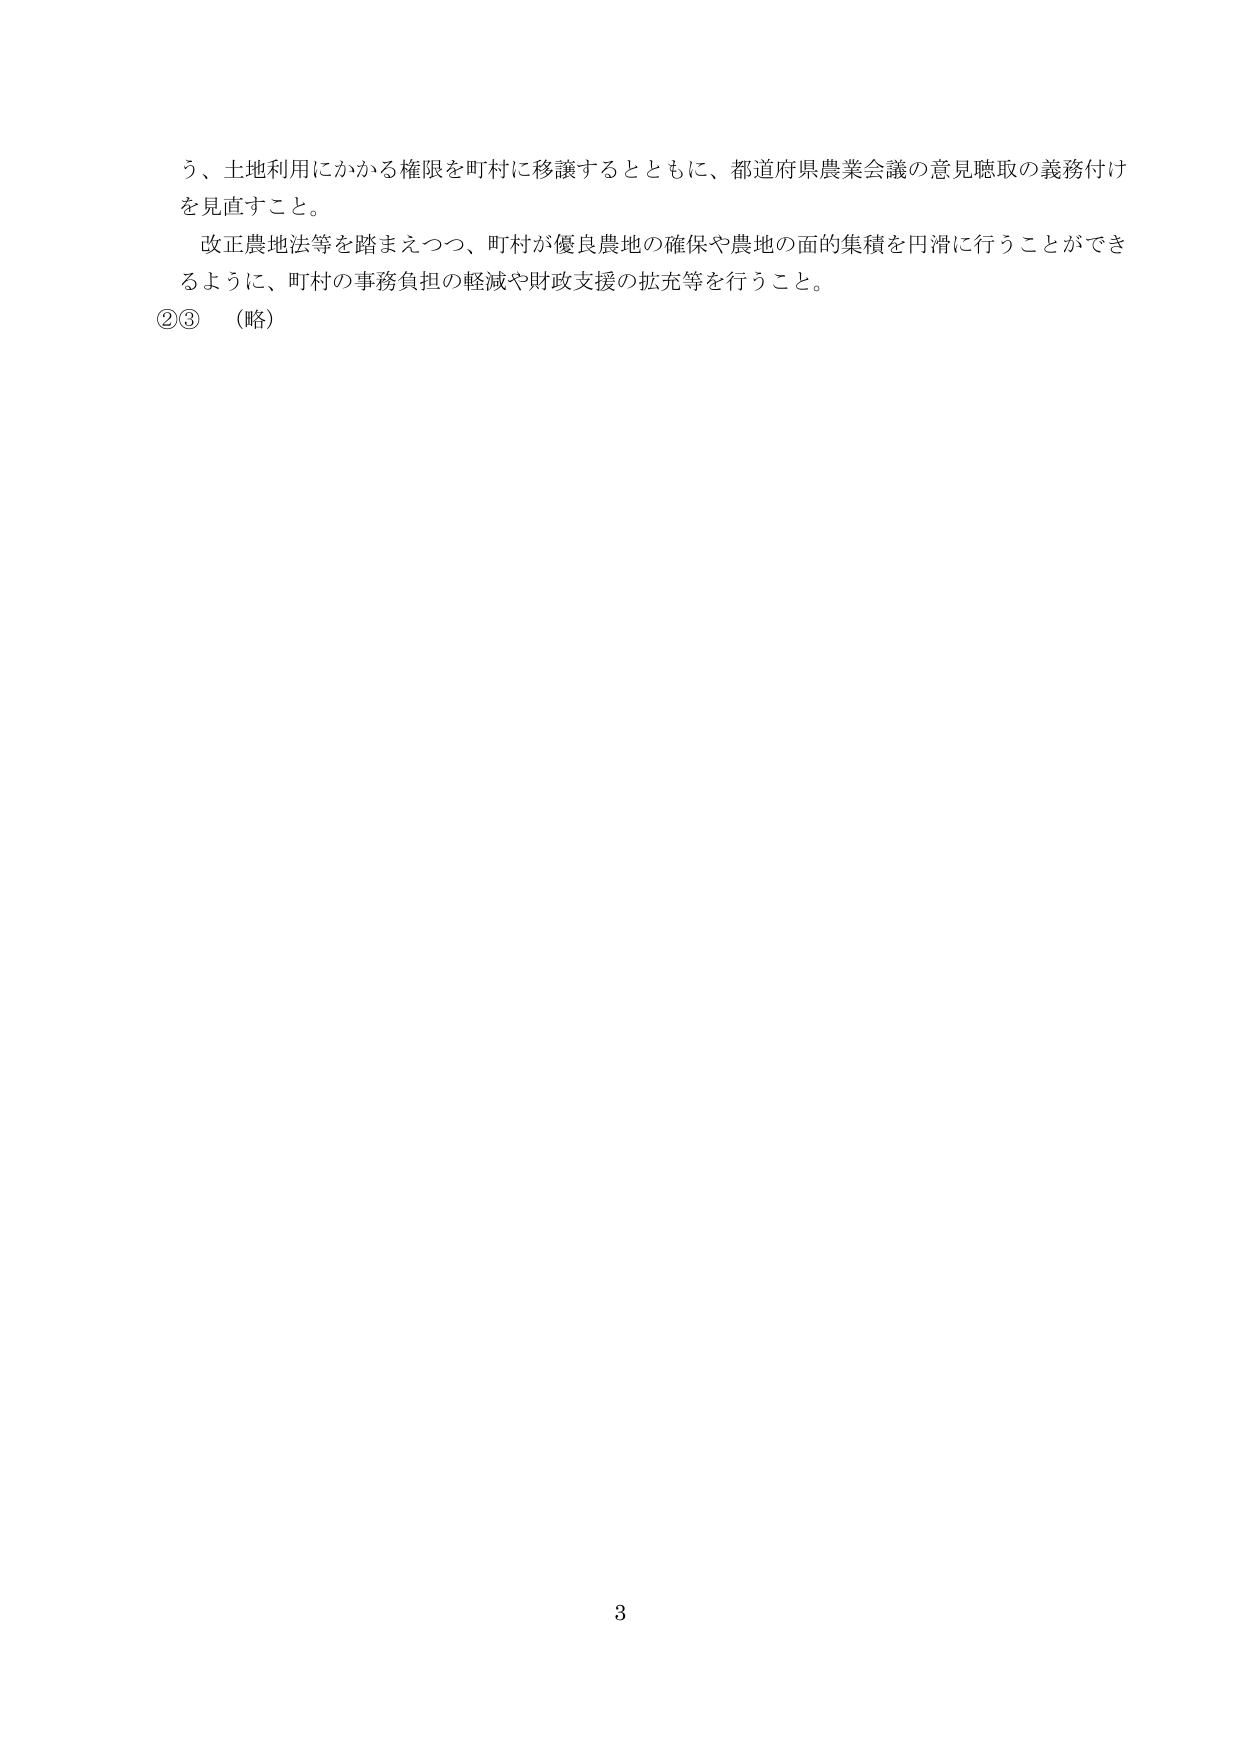
う、土地利用にかかる権限を町村に移譲するとともに、都道府県農業会議の意見聴取の義務付けを見直すこと。

改正農地法等を踏まえつつ、町村が優良農地の確保や農地の面的集積を円滑に行うことができるよう、町村の事務負担の軽減や財政支援の拡充等を行うこと。

②③ （略）

3